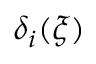
\delta _ { i } ( \xi )